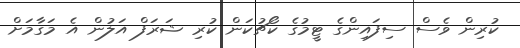
ކުރިން ވެސް ސިފައިންގެ ޓީމުގެ ކޯޗުކަން ކުރި ޝަރަފް އަލުން އެ މަގާމަށް